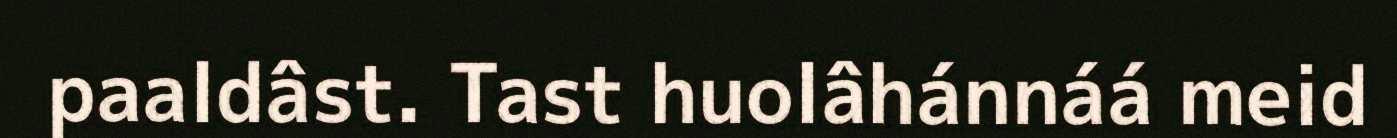
paaldâst. Tast huolâhánnáá meid